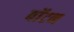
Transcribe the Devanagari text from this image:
बॉटन